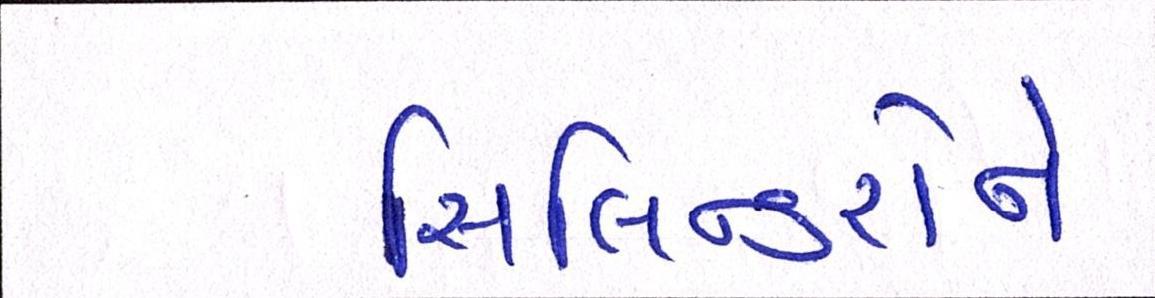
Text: સિલિન્ડરોને